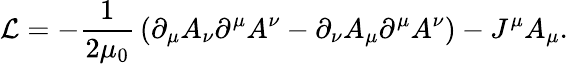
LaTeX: {\mathcal{L}}=-{\frac{1}{2\mu_{0}}}\left(\partial_{\mu}A_{\nu}\partial^{\mu}A^{\nu}-\partial_{\nu}A_{\mu}\partial^{\mu}A^{\nu}\right)-J^{\mu}A_{\mu}.